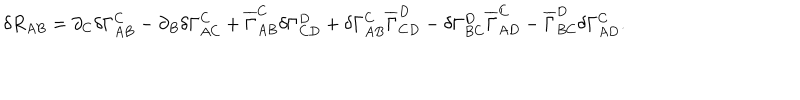
LaTeX: \delta R _ { A B } = \partial _ { C } \delta \Gamma _ { A B } ^ { C } - \partial _ { B } \delta \Gamma _ { A C } ^ { C } + \overline { { { \Gamma } } } _ { A B } ^ { C } \delta \Gamma _ { C D } ^ { D } + \delta \Gamma _ { A B } ^ { C } \overline { { { \Gamma } } } _ { C D } ^ { D } - \delta \Gamma _ { B C } ^ { D } \overline { { { \Gamma } } } _ { A D } ^ { C } - \overline { { { \Gamma } } } _ { B C } ^ { D } \delta \Gamma _ { A D } ^ { C } .